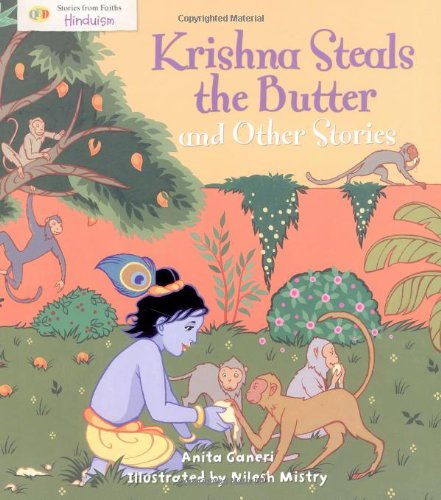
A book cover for Krishna Steals the Butter and Other Stories: Hinduism; Anita Ganeri; Children's Books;